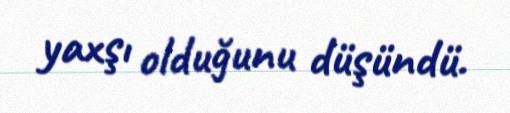
yaxşı olduğunu düşündü.